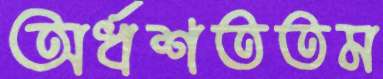
অর্ধশততম